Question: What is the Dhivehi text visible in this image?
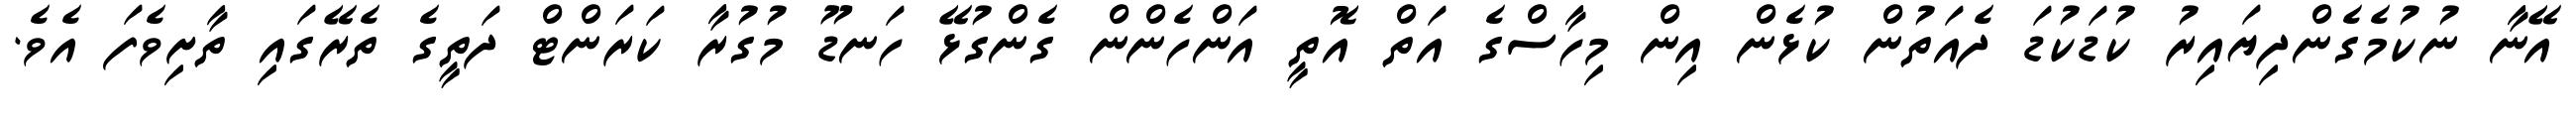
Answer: އޭނާ ނުކުމެގެންދިޔައިރު ކުޑަކުޑަ ދެއަތުން ކުޅެން އިން މިހާސްގެ އަތް އޮތީ އަންހެންން ގެންގުޅޭ ހަނޑޫ މުގުރާ ކަރަންޓް ދަތީގެ ތެރޭގައި ތާށިވެފަ އެވެ.